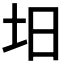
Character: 𡉭